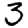
Digit: 3